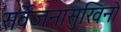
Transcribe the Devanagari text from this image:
सर्वेजनासुखिनो